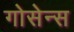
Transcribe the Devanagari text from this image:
गोसेन्स